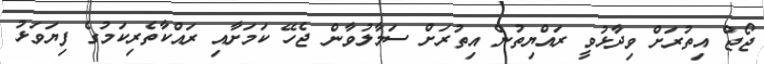
ޖޯޖް އިތުރަށް ވިދާޅުވީ ރައްޔިތުން އިތުރަށް ސަމާލުވާން ޖެހޭ ކަމަށާއި ރައްކާތެރިކަމުގެ ފިޔަވަޅު